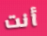
أنت